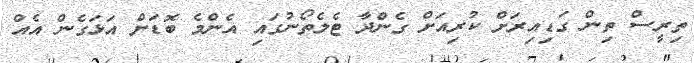
ތިރީސް ތިން ގަޑިއިރަށް ކުރިއަށް ގެންދާ ޓެލެތޯނުގައި އެންމެ ބޮޑަށް އަޅަގެން އެއް